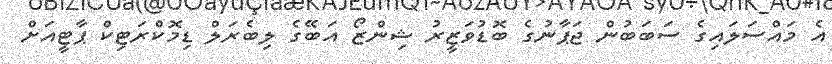
އެ މައްސަލައިގެ ސަބަބުން ޖަޕާނުގެ ބޮޑުވަޒީރު ޝިންޒޯ އަބޭގެ ލިބެރަލް ޑިމޮކްރަޓިކް ޕާޓީއަށް